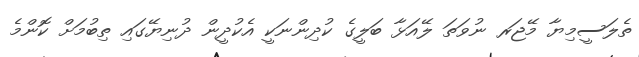
ތެލަސީމިޔާ މޭޖަރ ނުވަތަ ލޭއަޅާ ބަލީގެ ކުދިންނަކީ އެކުދީން ދުނިޔޭގައި ތިބުމަށް ކޮންމެ